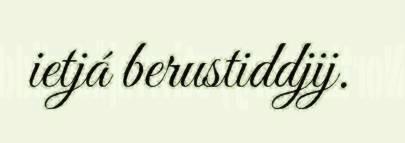
ietjá berustiddjij.